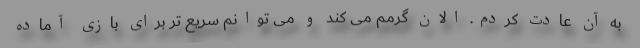
به آن عادت کردم. الان گرمم می کند و می توانم سریع تر برای بازی آماده